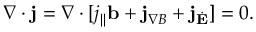
\nabla \cdot \mathbf { j } = \nabla \cdot [ j _ { \| } \mathbf { b } + \mathbf { j } _ { \nabla B } + \mathbf { j } _ { \dot { \mathbf { E } } } ] = 0 .